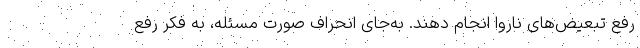
رفع تبعیض‌های ناروا انجام دهند. به‌جای انحراف صورت مسئله، به فکر رفع